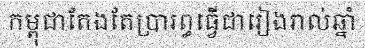
កម្ពុជាតែងតែប្រារព្ធធ្វើជារៀងរាល់ឆ្នាំ